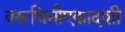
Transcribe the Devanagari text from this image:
वरूथिनीएकादशी